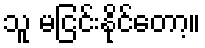
သူ မငြင်းနိုင်တော့။